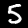
Digit: 5